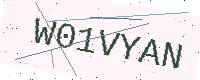
Text: W01VYAN